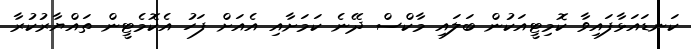
ކަނޑައަޅާފައިވާ ކޮމިޓީއަކުން ބަލައި މާކްސް ދޭނެ ކަމަށާއި އެއަށް ފަހު އެކޮމެޓީން ތައްޔާރުކުރާ